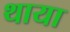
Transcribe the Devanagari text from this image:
थाया